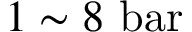
1 \sim 8 \ \mathrm { b a r }